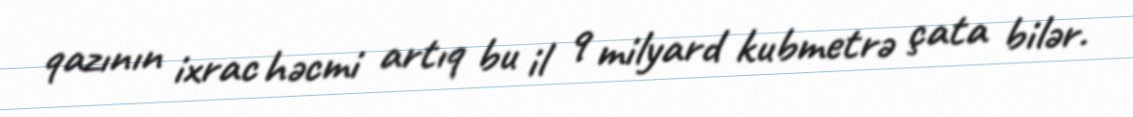
qazının ixrac həcmi artıq bu il 9 milyard kubmetrə çata bilər.